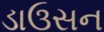
ડાઉસન